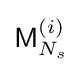
{\textsf {M}}_{N_{s}}^{(i)}